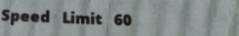
Speed Limit 60